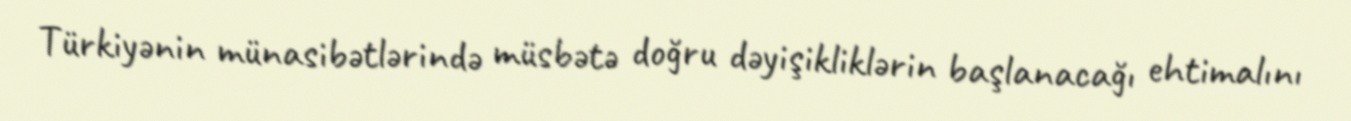
Türkiyənin münasibətlərində müsbətə doğru dəyişikliklərin başlanacağı ehtimalını